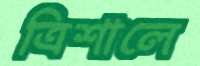
ত্রিশালে